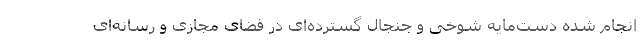
انجام شده دست‌مایه شوخی و جنجال گسترده‌ای در فضای مجازی و رسانه‌ای